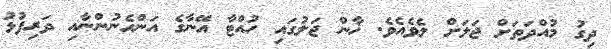
ދިގު މުއްދަތަށް ޖަލަށް ލެވެއެވެ. ޚާން ޖަލުގައި ހުއްޓާ އޭނާގެ އަންހެނުންނާއި ދަރިފުޅު